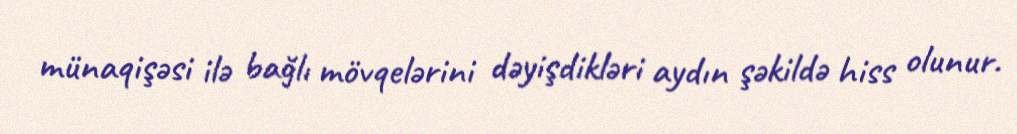
münaqişəsi ilə bağlı mövqelərini dəyişdikləri aydın şəkildə hiss olunur.